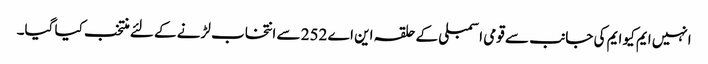
انہیں ایم کیو ایم کی جانب سے قومی اسمبلی کے حلقہ این اے 252 سے انتخاب لڑنے کے لئے منتخب کیا گیا۔